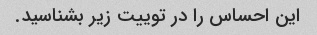
این احساس را در توییت زیر بشناسید.